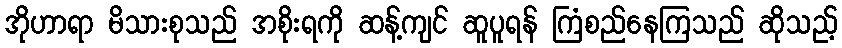
အိုဟာရာ မိသားစုသည် အစိုးရကို ဆန့်ကျင် ဆူပူရန် ကြံစည်နေကြသည် ဆိုသည့်